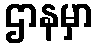
ဌာနမှာ